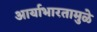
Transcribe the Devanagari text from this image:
आर्याभारतामुळे